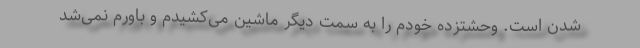
شدن است. وحشتزده خودم را به سمت دیگر ماشین می‌کشیدم و باورم نمی‌شد